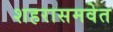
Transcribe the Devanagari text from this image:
शहरासमवेत